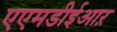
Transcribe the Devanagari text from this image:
एएमडीईआऱ